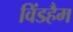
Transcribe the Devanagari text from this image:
विंडहैम